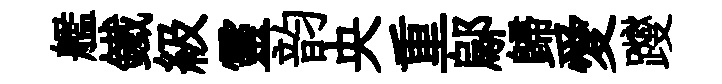
艦鐵級靈韵央重鄔歸愛躞